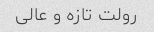
رولت تازه و عالی